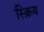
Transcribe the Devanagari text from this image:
स्क्रिय